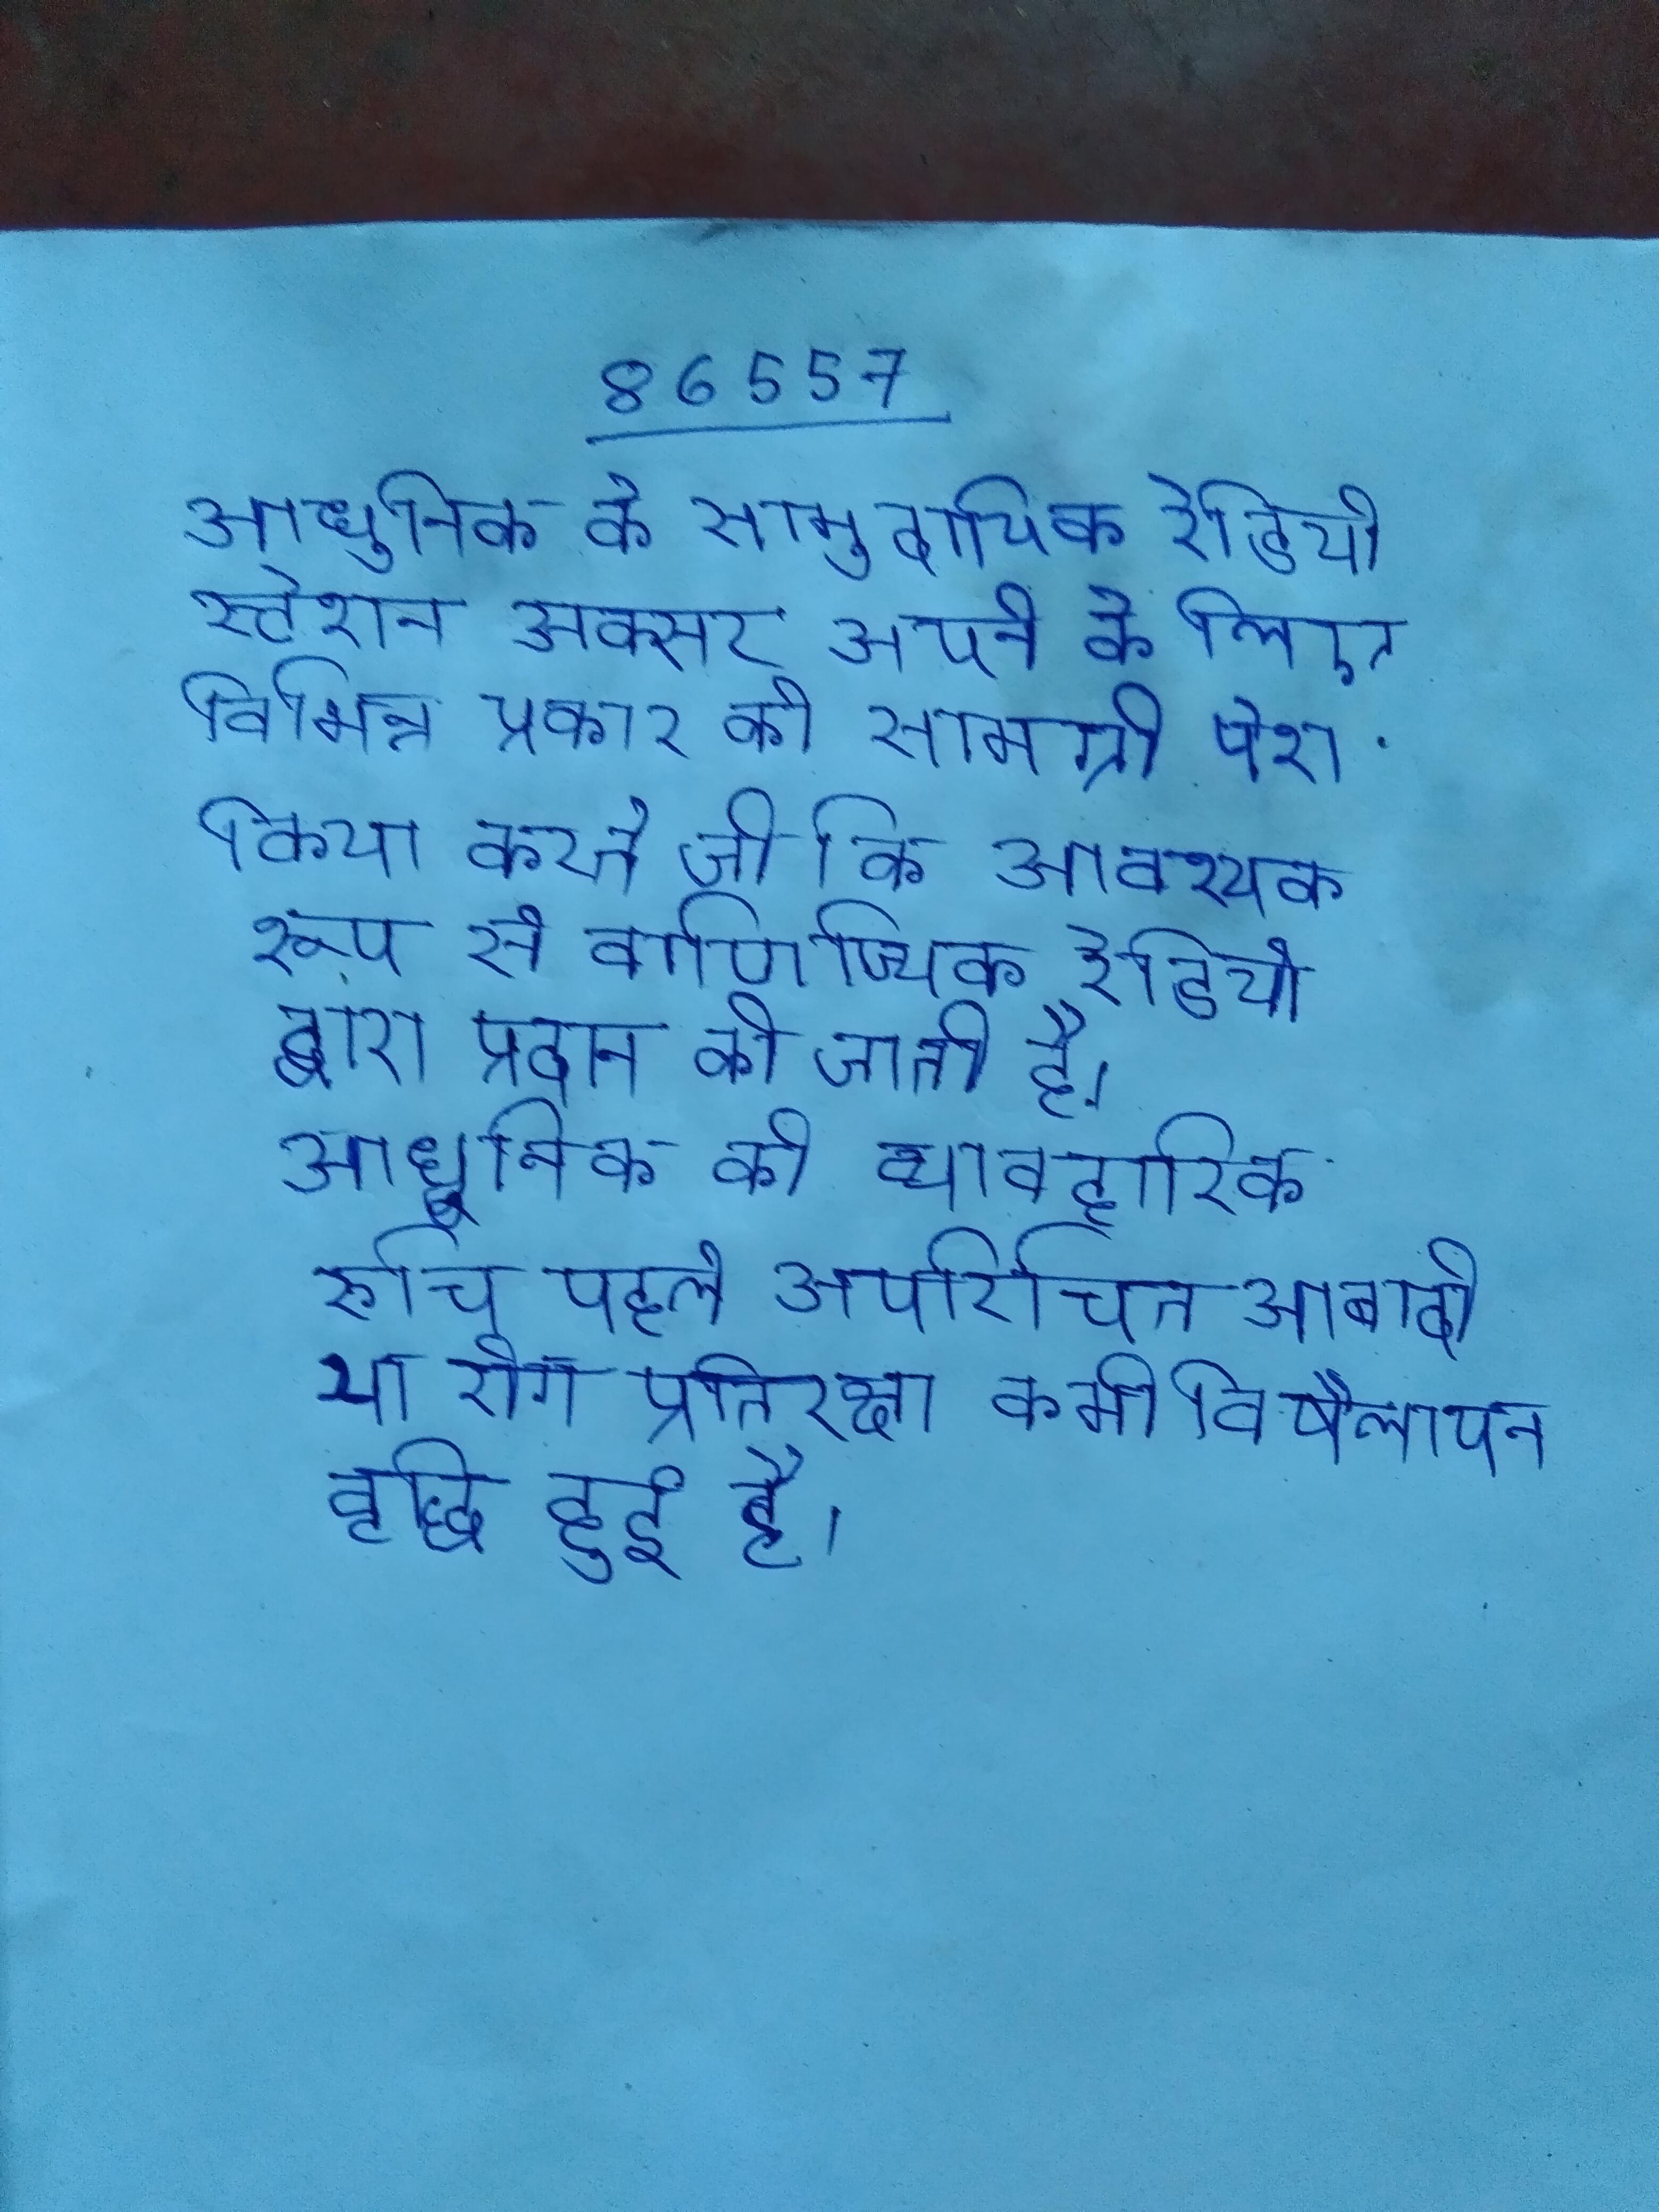
आधुनिक के सामुदायिक रेडियो स्टेशन अक्सर अपने के लिए विभिन्न प्रकार की सामग्री पेश किया करते जो कि आवश्यक रूप से वाणिज्यिक रेडियो द्वारा प्रदान की जाती है । आधुनिक की व्यावहारिक रुचि पहले अपरिचित आबादी या रोग प्रतिरक्षा कमी विषैलापन वृद्धि हुई है ।